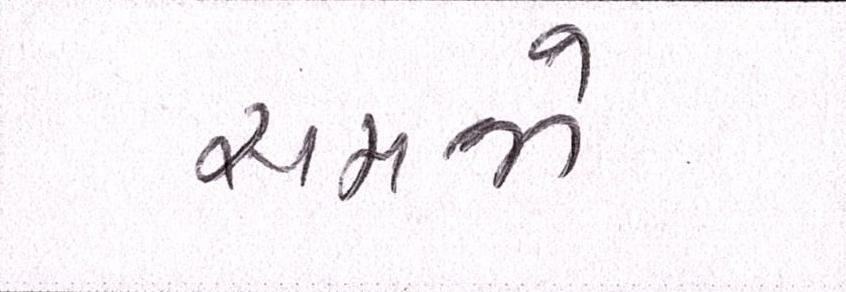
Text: સમજો